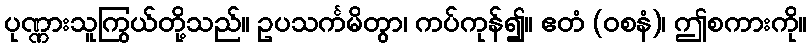
ပုဏ္ဏားသူကြွယ်တို့သည်။ ဥပသင်္ကမိတွာ၊ ကပ်ကုန်၍။ ဧတံ (ဝစနံ)၊ ဤစကားကို။